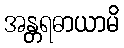
အန္တရဓာယာမိ